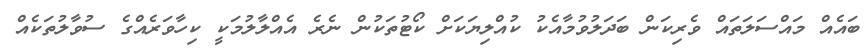
ބައެއް މައްސަލަތައް ވެރިކަން ބަދަލުވުމާއެކު ކުއްލިޔަކަށް ކޯޓުތަކުން ނެރެ އެއްލާލުމަކީ ކިހާވަރެއްގެ ސުވާލުތަކެއް